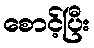
စောင့်ပြီး